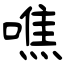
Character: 噍